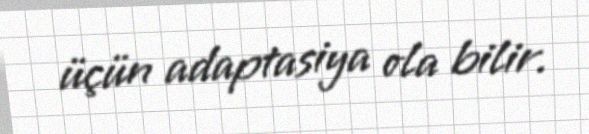
üçün adaptasiya ola bilir.